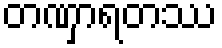
တဏှာရတဿ